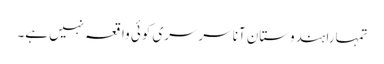
تمہارا ہندوستان آنا سرسری کوئی واقعہ نہیں ہے۔